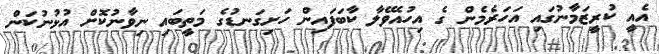
އެއީ ކުރީޒަމާނުގައި އަހަރެމެން ގެ އިހުއެވޭލާ ކާބަފައިން ހަށިގަނޑުގެ މަތީބައި ނިވާނުކޮށް އުޅުނުކަން